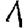
Digit: 1